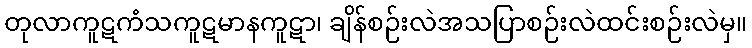
တုလာကူဋကံသကူဋမာနကူဋာ၊ ချိန်စဉ်းလဲအသပြာစဉ်းလဲထင်းစဉ်းလဲမှ။